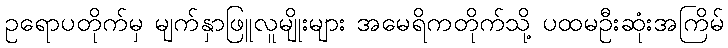
ဥရောပတိုက်မှ မျက်နှာဖြူလူမျိုးများ အမေရိကတိုက်သို့ ပထမဦးဆုံးအကြိမ်